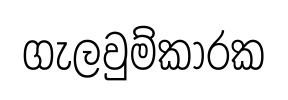
ගැලවුම්කාරක